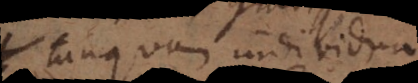
tanquam individua